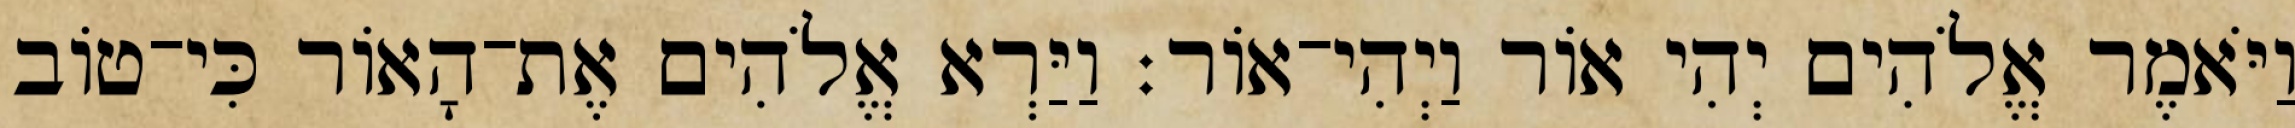
וַיֹּאמֶר אֱלֹהִים יְהִי אֹור וַיְהִי־אֹור׃ וַיַּרְא אֱלֹהִים אֶת־הָאֹור כִּי־טֹוב